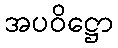
အပဝိဋ္ဌော